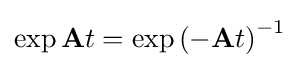
\exp {{\textbf {A}}t}=\exp {{(-{\textbf {A}}t)}^{-1}}